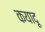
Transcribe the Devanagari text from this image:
कयादू